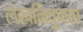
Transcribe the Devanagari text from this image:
लेखनिपुणता